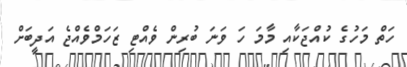
ހަތް މަހުގެ ކުއްޖަކާއި މާމަ ހަ ވަނަ ބުރިން ވެއްޓި ޒަހަމްވެއްޖެ އަދީބަށް